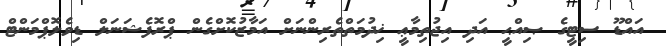
އައްޑޫ ސިޓީގެ ޞިއްޙީ އަދި އިޖުތިމާޢީ ޚިދުމަތްތެރިންނަށް އަމާޒުކޮށްގެން ޕްރޮފެޝަނަލް ޑިވެލޮޕްމަންޓް